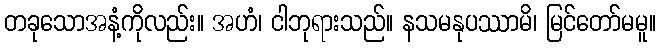
တခုသောအနံ့ကိုလည်း။ အဟံ၊ ငါဘုရားသည်။ နသမနုပဿာမိ၊ မြင်တော်မမူ။